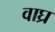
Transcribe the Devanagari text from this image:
वाघ्र